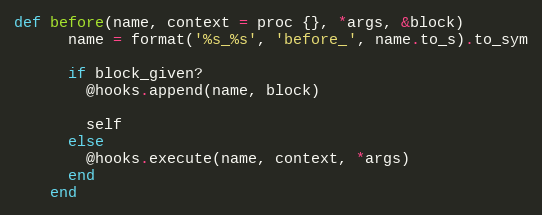
Language: Ruby
def before(name, context = proc {}, *args, &block)
      name = format('%s_%s', 'before_', name.to_s).to_sym

      if block_given?
        @hooks.append(name, block)

        self
      else
        @hooks.execute(name, context, *args)
      end
    end